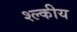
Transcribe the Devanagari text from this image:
श्ल्कीय